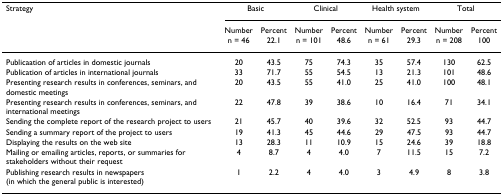
| Strategy | <COLSPAN=2> Basic | <COLSPAN=2> Clinical | <COLSPAN=2> Health system | <COLSPAN=2> Total |
 |  | Numbern = 46 | Percent22.1 | Numbern = 101 | Percent48.6 | Numbern = 61 | Percent29.3 | Numbern = 208 | Percent100 |
 | --- | --- | --- | --- | --- | --- | --- | --- | --- |
 | Publicaation of articles in domestic journals | 20 | 43.5 | 75 | 74.3 | 35 | 57.4 | 130 | 62.5 |
 | Publication of articles in international journals | 33 | 71.7 | 55 | 54.5 | 13 | 21.3 | 101 | 48.6 |
 | Presenting research results in conferences, seminars, and domestic meetings | 20 | 43.5 | 55 | 41.0 | 25 | 41.0 | 100 | 48.1 |
 | Presenting research results in conferences, seminars, and international meetings | 22 | 47.8 | 39 | 38.6 | 10 | 16.4 | 71 | 34.1 |
 | Sending the complete report of the research project to users | 21 | 45.7 | 40 | 39.6 | 32 | 52.5 | 93 | 44.7 |
 | Sending a summary report of the project to users | 19 | 41.3 | 45 | 44.6 | 29 | 47.5 | 93 | 44.7 |
 | Displaying the results on the web site | 13 | 28.3 | 11 | 10.9 | 15 | 24.6 | 39 | 18.8 |
 | Mailing or emailing articles, reports, or summaries for stakeholders without their request | 4 | 8.7 | 4 | 4.0 | 7 | 11.5 | 15 | 7.2 |
 | Publishing research results in newspapers (in which the general public is interested) | 1 | 2.2 | 4 | 4.0 | 3 | 4.9 | 8 | 3.8 |